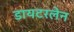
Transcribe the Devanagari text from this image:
डायटरलेन